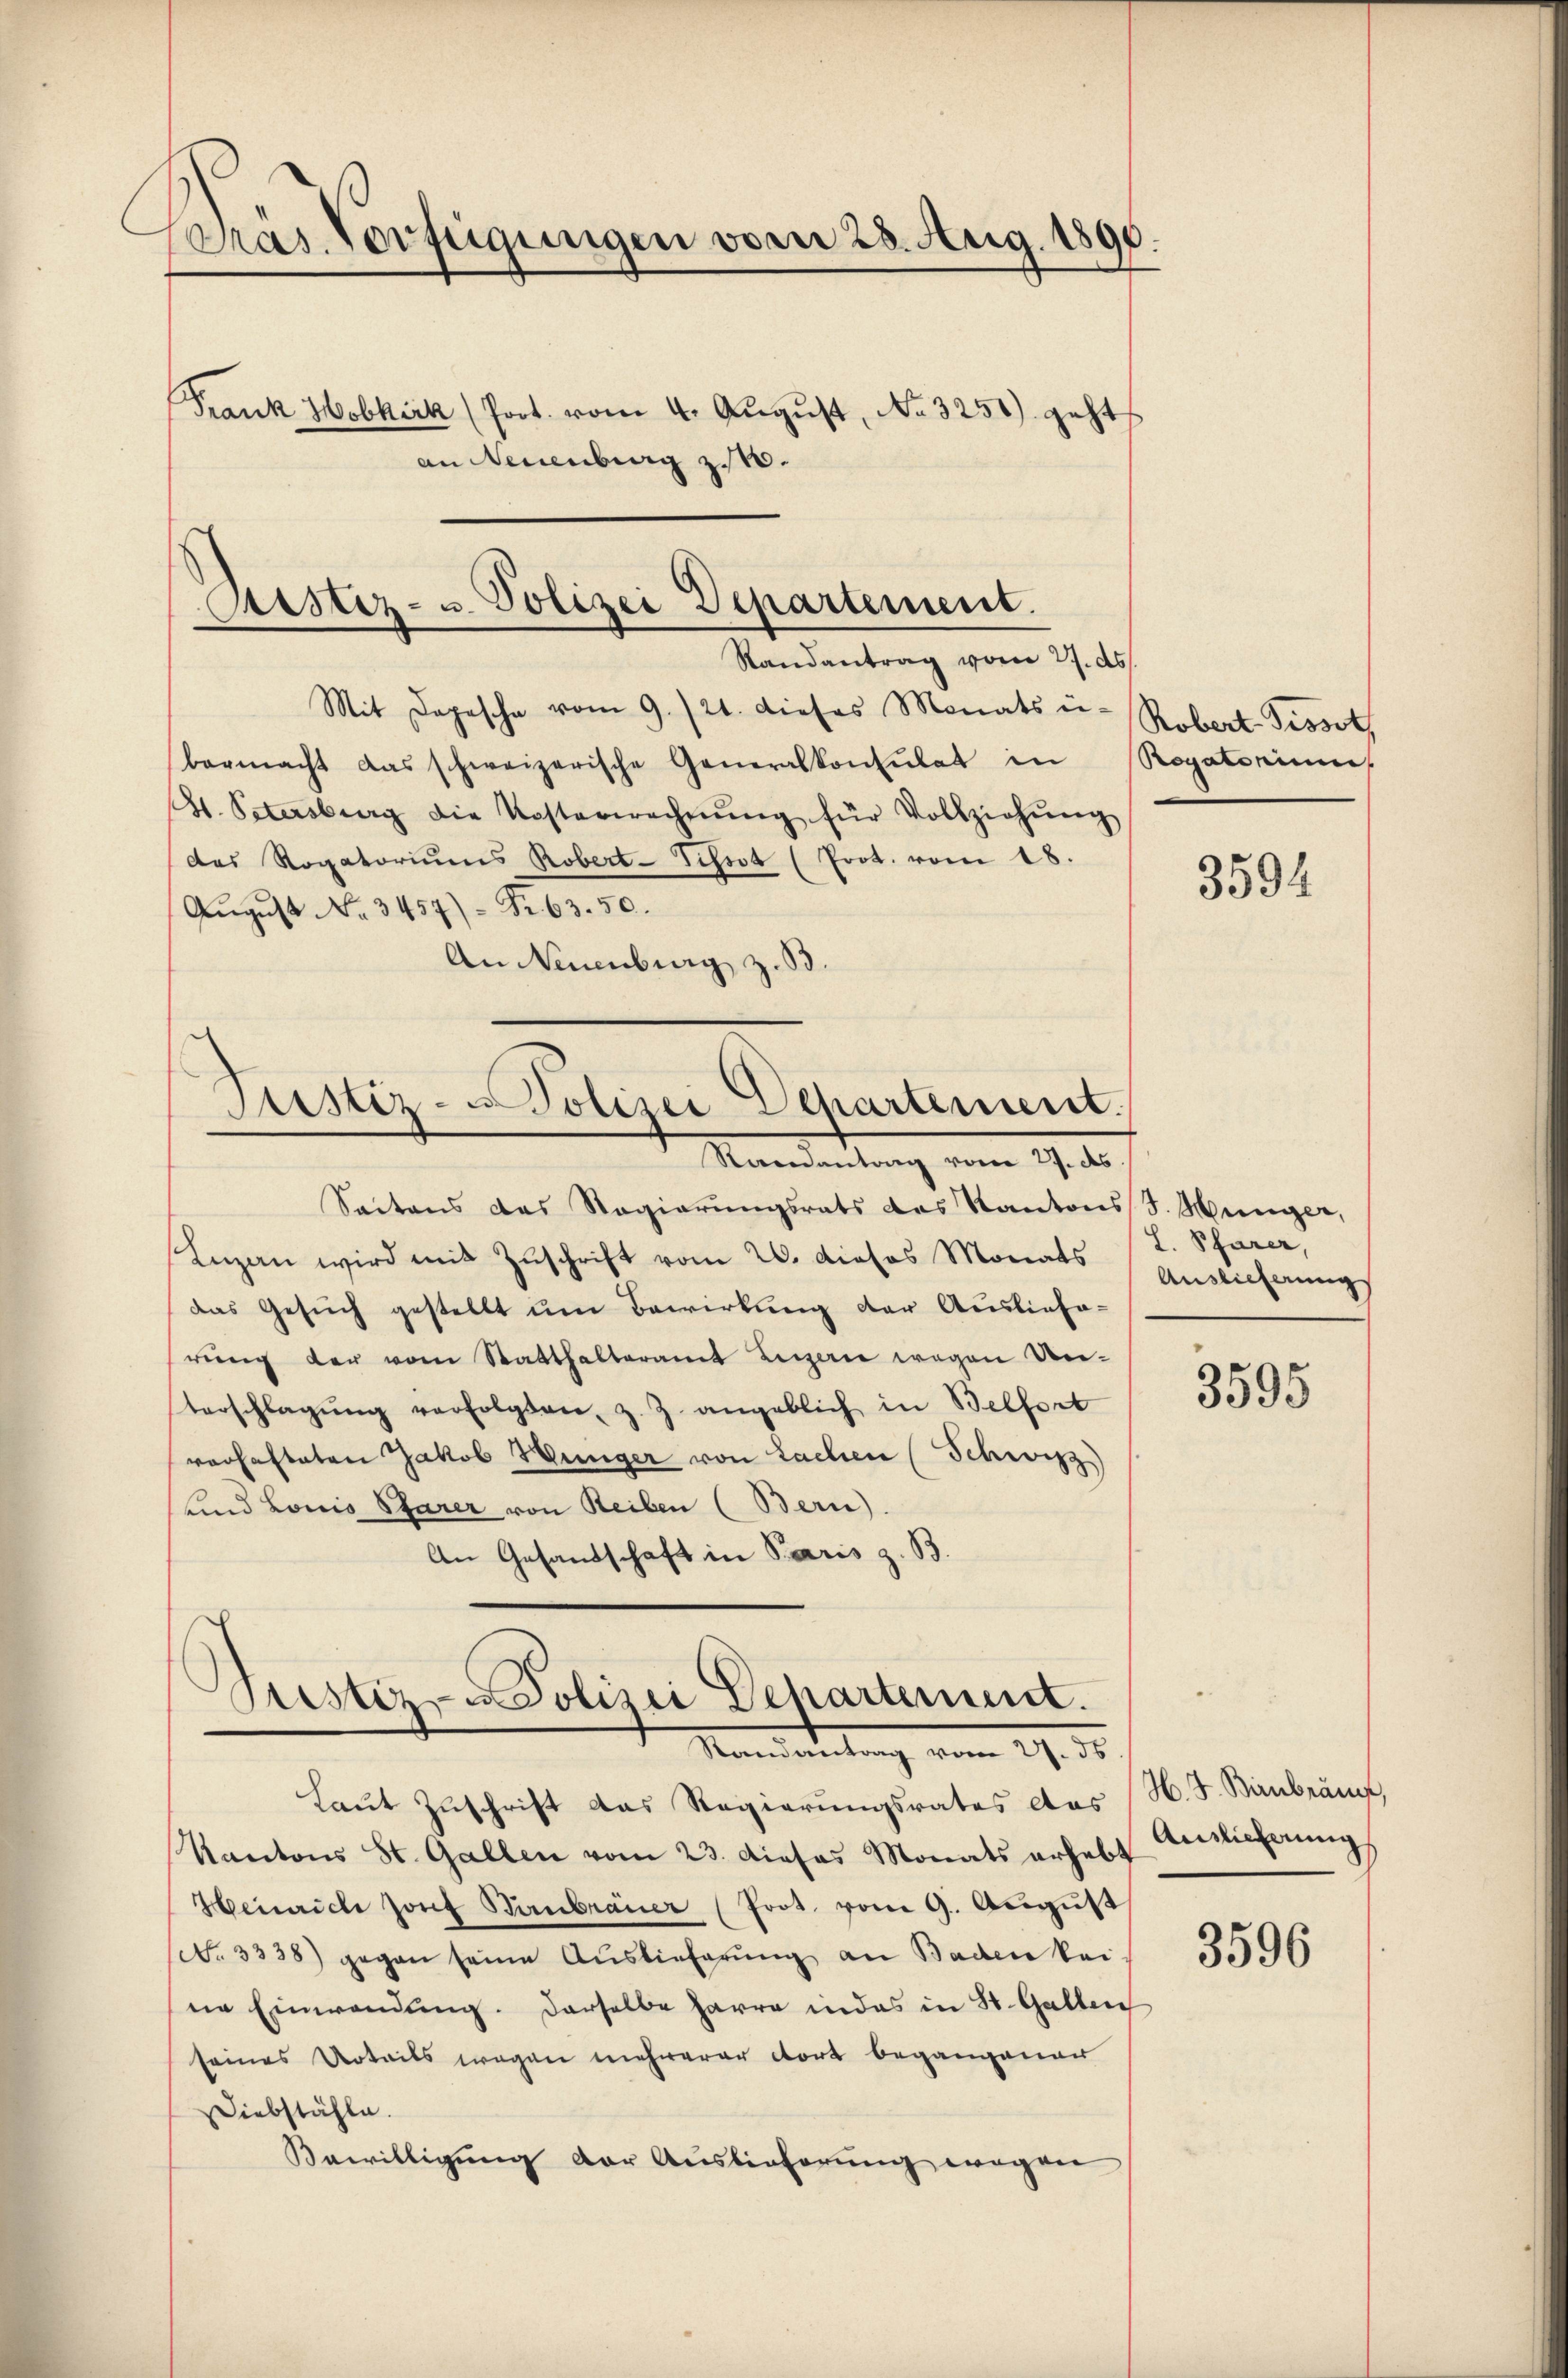
Präs. Verfügungen vom 28. Aug. 1890.
Frank Hobkirk (fort. vom 4. August, No. 3251) geht
an Neuenburg z.10.

Prustiz- u. Polizei Departement.
Randantrag vom 27. ds.

Mit Depesche vom 9./21. dieses Monats ü
bermacht das schweizerische Generalkonsulat in Rogatorium
des Rogatoriŭms Robert-Schrot (Prot. vom 18.
August No 3457) = Fr. 63. 50.
An Neuenburg, z.

4. Petersburg die Kosterwechnŭng für Vollziehŭng

Justiz-Polizei Departement.
Raenantrag vom 27. ds.

Justiz - Polizei Departement.
Mandantung vom 19. 30.

Sactens das Regierŭngsrats des Kantons S. Münger,
Inzan wird mit Zŭschrift vom 20. dieses Monats (T. Pfarer,
das Gesŭch gestellt ŭm Bewirkung der Auslieferung der vom Statthalteramt Luzern wegen Un-
terschlagŭng verfolgten, z. Z. angeblich in Belfort
verhafteten Jakob Münger von Lachen (Schwitz
und Louis Parer von Reiben (Bern).
An Gesandschaft in Paris z. B.

Laut Zuschrift das Regierungsrates das
Kantons St. Gallen vom 23. dieses Monats erhebt
Heinrich sont Birnbrauer (Prot. vom 9. Aŭgŭst
(No. 3338) gegen seine Auslieferung an Baden kei
ne Einwendung. Derselbe harre in das in St. Gallen
seines Urteils wegen mehrerer dort begangener
Diebstähle.
Bewilligung der Auslieferung wegen

Robert-Sisst,

3594

Auslieferungs

3595

H. F. Birnbrauch,
Ainlicherung

3596